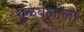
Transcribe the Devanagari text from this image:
गुळवेलाला